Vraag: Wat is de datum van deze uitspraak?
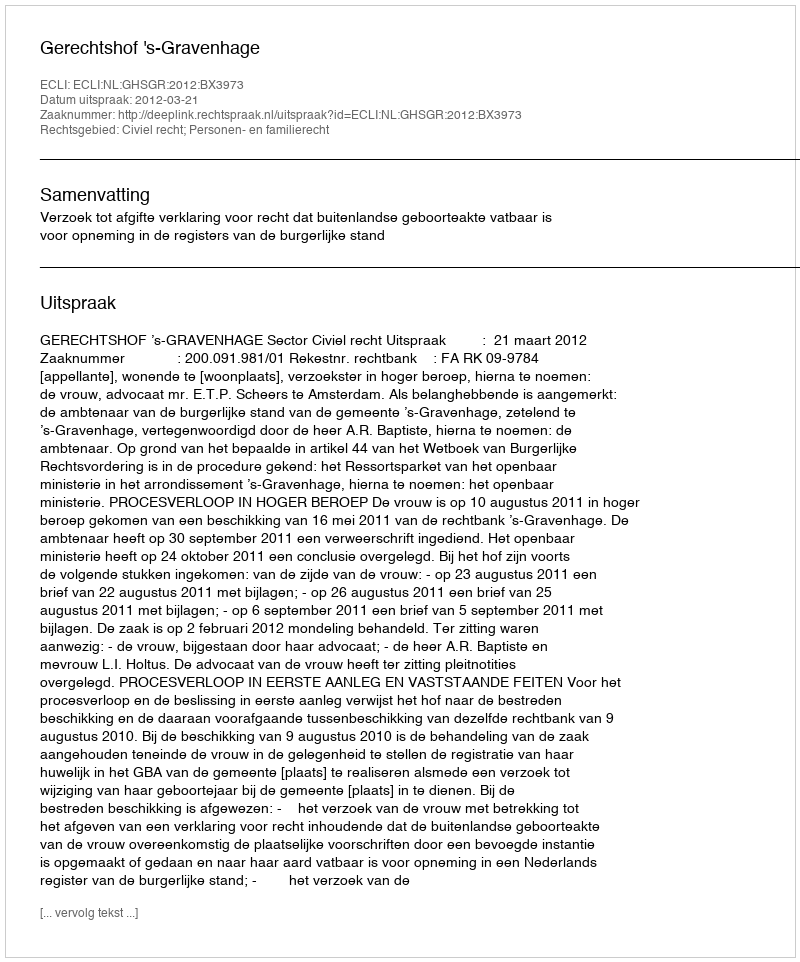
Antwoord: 2012-03-21